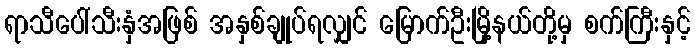
ရာသီပေါ်သီးနှံအဖြစ် အနှစ်ချုပ်ရလျှင် မြောက်ဦးမြို့နယ်တို့မှ စက်ကြီးနှင့်